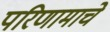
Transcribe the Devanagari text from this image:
परिणामाचे